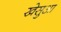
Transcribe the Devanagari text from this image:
खेसुआ